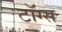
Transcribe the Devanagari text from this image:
टॉग्स